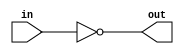
// This program was cloned from: https://github.com/NYU-MLDA/OpenABC
// License: BSD 3-Clause "New" or "Revised" License

module flip_bus (in, out);
    parameter WIDTH = 8;
    parameter BHC = 10;

    input [WIDTH-1:0] in;
    output wire [WIDTH-1:0] out;

    assign out = ~in;
endmodule